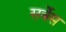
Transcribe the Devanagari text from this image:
सर्बेंस